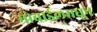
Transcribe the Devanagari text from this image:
मोबाईलमधून